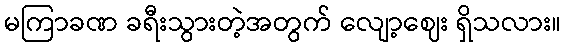
မကြာခဏ ခရီးသွားတဲ့အတွက် လျော့ဈေး ရှိသလား။